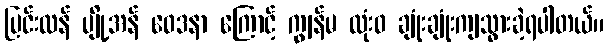
ပြင်းထန် ပျို့အန် ဝေဒနာ ကြောင့် ကျွန်မ လုံးဝ ချုံးချုံးကျသွားခဲ့ရပါတယ်။